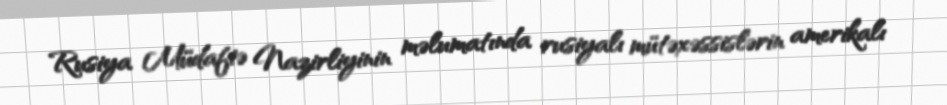
Rusiya Müdafiə Nazirliyinin məlumatında rusiyalı mütəxəssislərin amerikalı